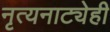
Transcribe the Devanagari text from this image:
नृत्यनाट्येही